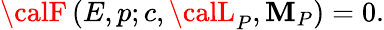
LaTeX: {\calF}\left(E,p;c,{\calL}_{P},{\cal\mathbf{M}}_{P}\right)=0.